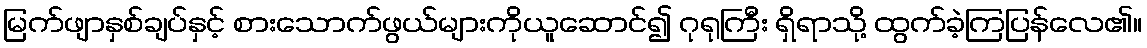
မြက်ဖျာနှစ်ချပ်နှင့် စားသောက်ဖွယ်များကိုယူဆောင်၍ ဂုရုကြီး ရှိရာသို့ ထွက်ခဲ့ကြပြန်လေ၏။